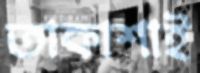
তাকাশাই